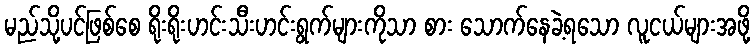
မည်သို့ပင်ဖြစ်စေ ရိုးရိုးဟင်းသီးဟင်းရွက်များကိုသာ စား သောက်နေခဲ့ရသော လူငယ်များအဖို့